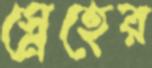
স্নেহের